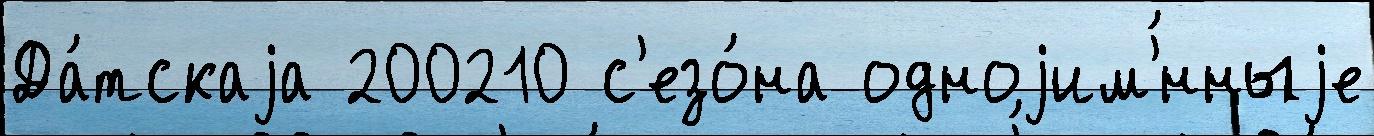
Да́тскаjа 200210 с'езо́на одноjим'́нныjе